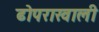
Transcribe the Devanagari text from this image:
ढोपराखाली